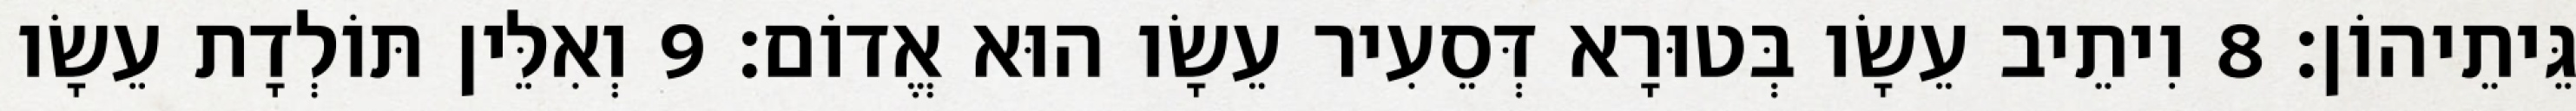
גֵּיתֵיהוֹן׃ 8 וִיתֵיב עֵשָׂו בְּטוּרָא דְּסֵעִיר עֵשָׂו הוּא אֱדוֹם׃ 9 וְאִלֵּין תּוֹלְדָת עֵשָׂו